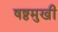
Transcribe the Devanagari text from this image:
षष्ठमुखी